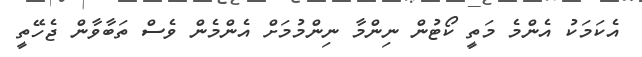
އެކަމަކު އެންމެ މަތީ ކޯޓުން ނިންމާ ނިންމުމަށް އެންމެން ވެސް ތަބާވާން ޖެހޭތީ